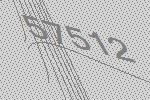
57512